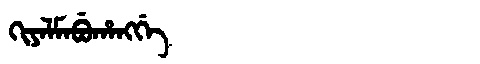
Manchu: ᡴᡳᠶᠠᠯᠮᠠᠪᡠᡥᠠᠩᡤᡝ
Romanization: KIYALMABUHANGGE